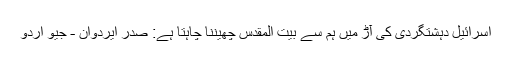
اسرائیل دہشتگردی کی آڑ میں ہم سے بیت المقدس چھیننا چاہتا ہے: صدر ایردوان - جیو اردو